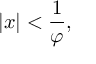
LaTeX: | x | < { \frac { 1 } { \varphi } } ,